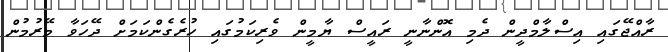
ރާއްޖޭގައި އިސްލާމްދީން ދެމި އޮންނާނީ ރައީސް ޔާމީން ވެރިކަމުގައި ހުރެގެންކަމަށް ދޭހަވާ މޭރުމުން